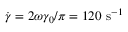
\dot { \gamma } = 2 \omega \gamma _ { 0 } / \pi = 1 2 0 ~ \mathrm { s } ^ { - 1 }